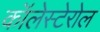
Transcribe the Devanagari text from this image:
कॉलेस्टेरोल